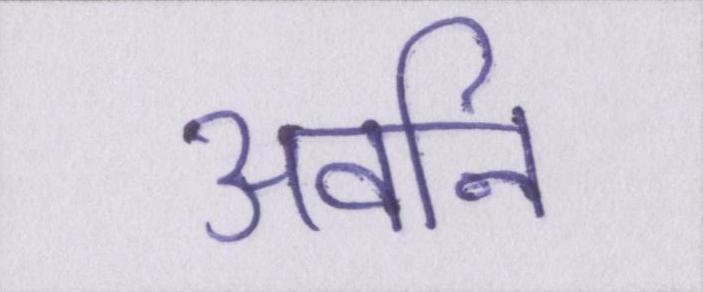
अवनि